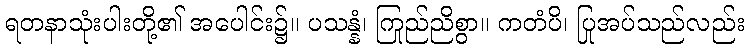
ရတနာသုံးပါးတို့၏ အပေါင်း၌။ ပသန္နံ၊ ကြည်ညိုစွာ။ ကတံပိ၊ ပြုအပ်သည်လည်း